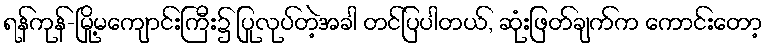
ရန်ကုန်-မြို့မကျောင်းကြီး၌ ပြုလုပ်တဲ့အခါ တင်ပြပါတယ်, ဆုံးဖြတ်ချက်က ကောင်းတော့